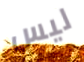
ليس